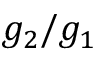
g _ { 2 } / g _ { 1 }